Civil Veterinary Dept. Bombay admin report 1932-41 - 1932-1941
Year: 1932
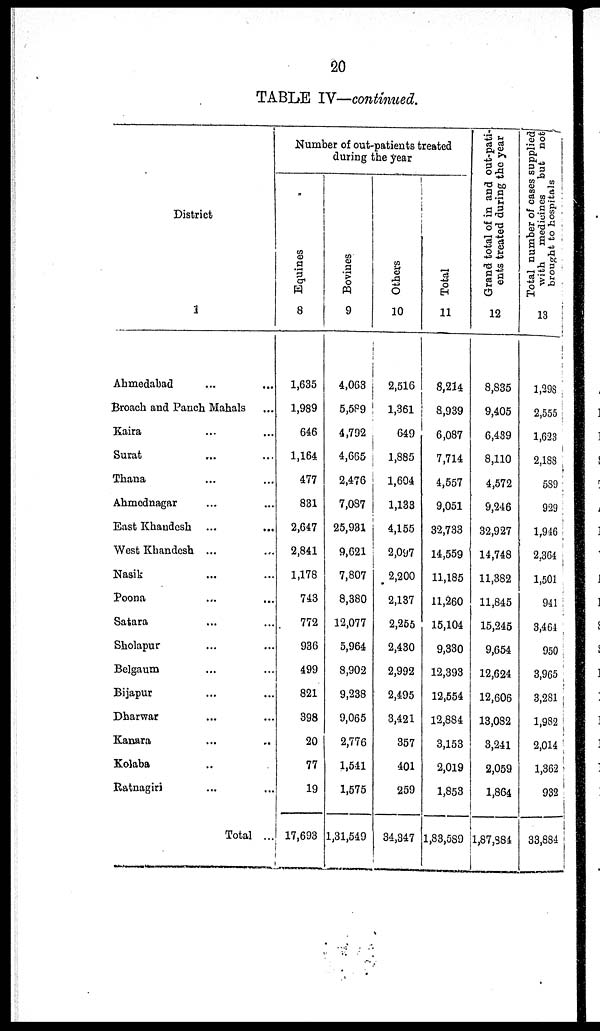
20
TABLE IV—continued.
District
1
Ahmedabad ... ...
Broach and Panch Mahals ...
Kaira ... ...
Surat ... ...
Thana ... ...
Ahmednagar ... ...
East Khandesh ... ...
West Khandesh ... ...
Nasik ... ...
Poona ... ...
Satara ... ...
Sholapur ... ...
Belgaum ... ...
Bijapur ... ...
Dharwar ... ...
Kanara ... ...
Kolaba ... ...
Ratnagiri ... ...
Total ...
Number of out-patients treated
during the year
Equines
8
1,635
1,989
646
1,164
477
831
2,647
2,841
1,178
743
772
936
499
821
398
20
77
19
17,693
Bovines
9
4,063
5,589
4,792
4,665
2,476
7,087
25,931
9,621
7,807
8,380
12,077
5,964
8,902
9,238
9,065
2,776
1,541
1,575
1,31,549
Others
10
2,516
1,361
649
1,885
1,604
1,133
4,155
2,097
2,200
2,137
2,255
2,430
2,992
2,495
3,421
357
401
259
34,347
Total
11
8,214
8,939
6,087
7,714
4,557
9,051
32,733
14,559
11,185
11,260
15,104
9,330
12,393
12,554
12,884
3,153
2,019
1,853
1,83,589
Grand total of in and out-pati-
ents treated during the year
12
8,835
9,405
6,489
8,110
4,572
9,246
32,927
14,748
11,382
11,845
15,245
9,654
12,624
12,606
13,082
3,241
2,059
1,864
1,87,884
Total number of cases supplied
with medicines but not
brought to hospitals
13
1,298
2,555
1,623
2,188
589
929
1,946
2,364
1,501
941
3,464
950
3,965
3,281
1,982
2,014
1,362
932
33,884